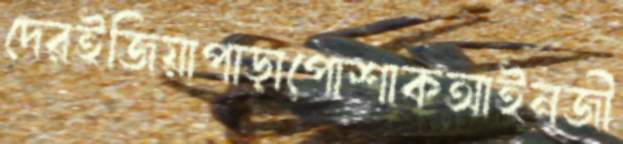
দেরইজিয়াপাড়াপোশাকআইনজী